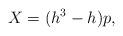
LaTeX: \begin{align*} X=(h^3-h)p,\end{align*}